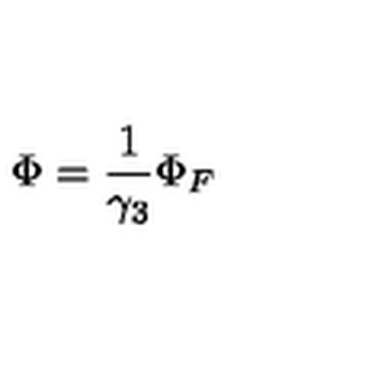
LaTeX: \Phi = \frac { 1 } { \gamma _ { 3 } } \Phi _ { F }